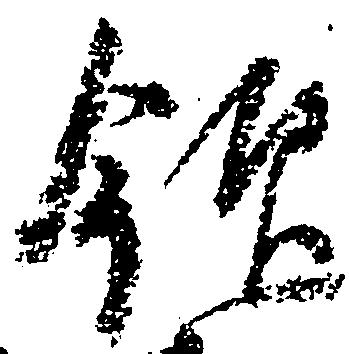
領